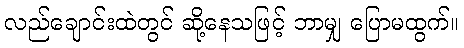
လည်ချောင်းထဲတွင် ဆို့နေသဖြင့် ဘာမျှ ပြောမထွက်။